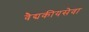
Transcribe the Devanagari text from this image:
वैद्यकीयसेवा